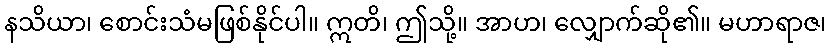
နသိယာ၊ စောင်းသံမဖြစ်နိုင်ပါ။ ဣတိ၊ ဤသို့။ အာဟ၊ လျှောက်ဆို၏။ မဟာရာဇ၊